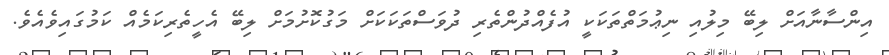
އިންސާނާއަށް ލިބޭ މިލުއި ނިޢުމަތްތަކަކީ އުފެއްދުންތެރި ދުވަސްތަކަކަށް މަގުކޮށުމަށް ލިބޭ އެހީތެރިކަމެއް ކަމުގައިވެއެވެ.